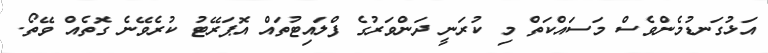
އަޅުގަނޑުމެންވެސް މަސައްކަތް މި ކުރަނީ ދަންވަރުގެ ފްލައިޓުތައް އޮޕަރޭޓު ކުރެވޭނެ ގޮތެއް ވޭތޯ.